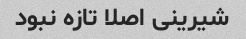
شیرینی اصلا تازه نبود